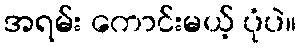
အရမ်း ကောင်းမယ့် ပုံပဲ။